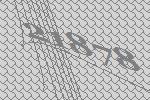
21878